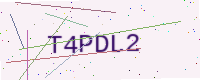
Text: T4PDL2